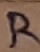
Text: R